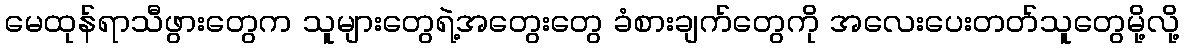
မေထုန်ရာသီဖွားတွေက သူများတွေရဲ့အတွေးတွေ ခံစားချက်တွေကို အလေးပေးတတ်သူတွေမို့လို့